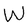
Character: W